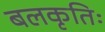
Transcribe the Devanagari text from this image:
बलकृतिः